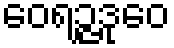
ဝေရဉ္ဇဒုဝေ